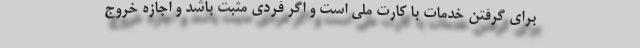
برای گرفتن خدمات با کارت ملی است و اگر فردی مثبت باشد و اجازه خروج